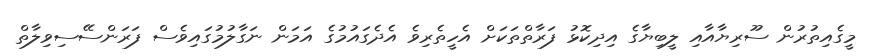
މީގެއިތުރުން ސޫރިޔާއާއި ލީބިޔާގެ އިދިކޮޅު ފަރާތްތަކަށް އެހީތެރިވެ އެދެގައުމުގެ އަމަން ނަގާލުމުގައިވެސް ފަރަންސޭސިވިލާތް